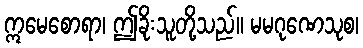
ဣမေစောရာ၊ ဤခိုးသူတို့သည်။ မမဂုဏေသုစ၊